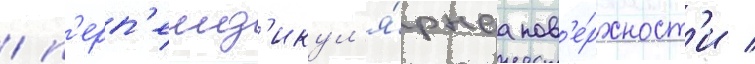
/ п'ерп'енд'икул'я́рнаа пов'е́рхност'и /